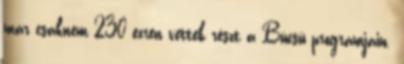
már csaknem 230 ezren vettek részt a Búcsú programjain.